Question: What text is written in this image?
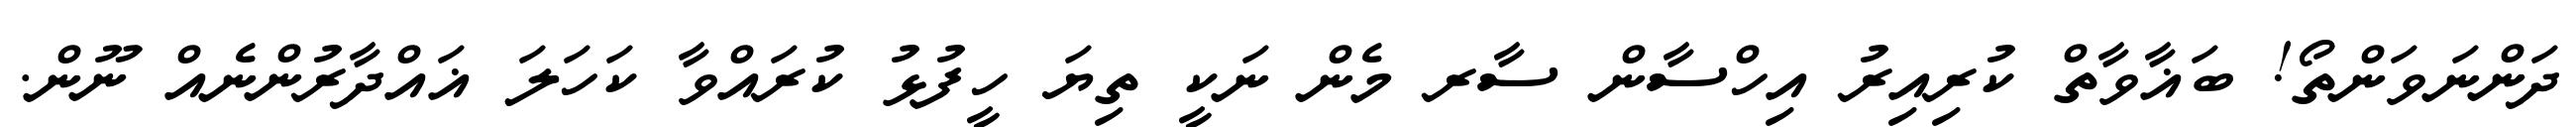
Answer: ދަންނަވަންތޯ! ބަޣާވާތް ކުރިއިރު އިހްސާން ސާރ މެން ނަކީ ތިޔަ ހީފުޅު ކުރައްވާ ކަހަލަ ޣައްދާރުންނެއް ނޫން.